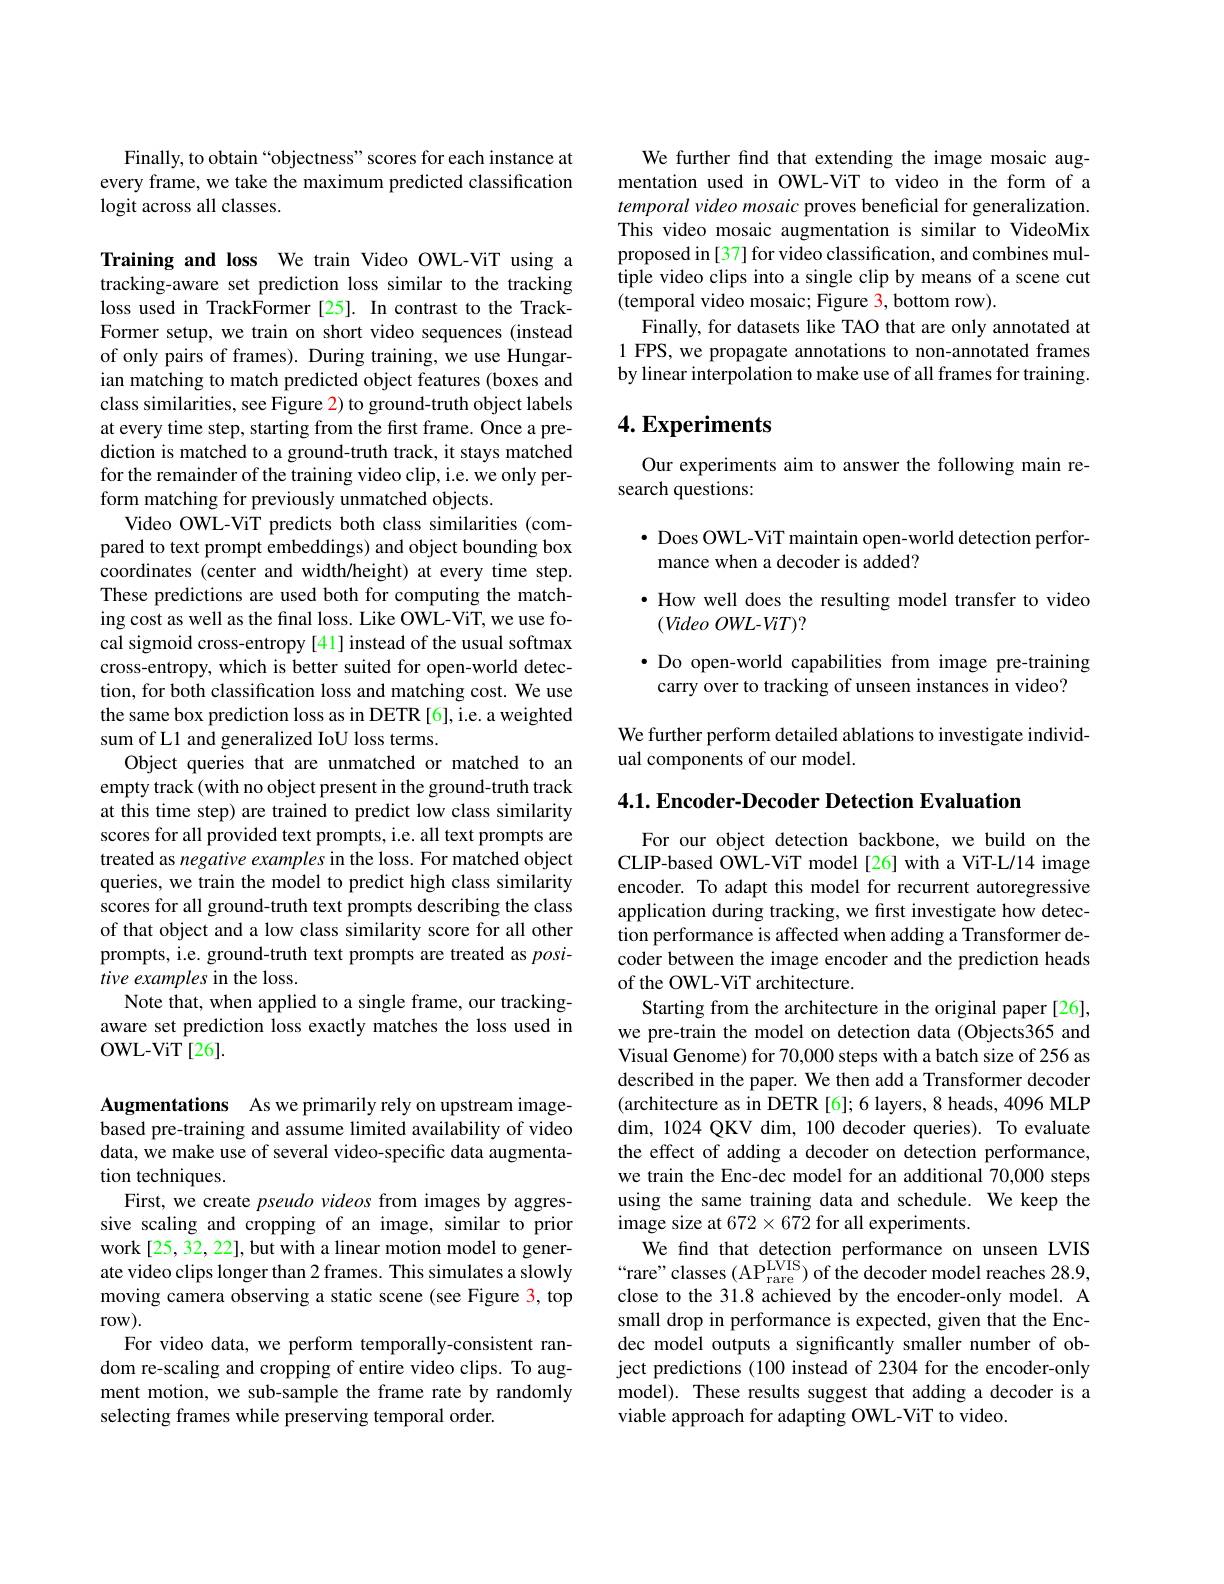
Finally, to obtain “objectness" scores for each instance at every frame, we take the maximum predicted classification logit across all classes.

Training and loss We train Video OWL-ViT using a tracking-aware set prediction loss similar to the tracking loss used in TrackFormer [25]. In contrast to the TrackFormer setup, we train on short video sequences (instead of only pairs of frames). During training, we use Hungarian matching to match predicted object features (boxes and class similarities, see Figure 2) to ground-truth object labels at every time step, starting from the first frame. Once a prediction is matched to a ground-truth track, it stays matched for the remainder of the training video clip, i.e. we only perform matching for previously unmatched objects.
Video OWL-ViT predicts both class similarities (compared to text prompt embeddings) and object bounding box coordinates (center and width/height) at every time step. These predictions are used both for computing the matching cost as well as the final loss. Like OWL-ViT, we use focal sigmoid cross-entropy [41] instead of the usual softmax cross-entropy, which is better suited for open-world detection, for both classification loss and matching cost. We use the same box prediction loss as in DETR [6],i.e. a weighted sum of L1 and generalized IoU loss terms.
Object queries that are unmatched or matched to an empty track (with no object present in the ground-truth track at this time step) are trained to predict low class similarity scores for all provided text prompts, i.e. all text prompts are treated as negative examples in the loss. For matched object queries, we train the model to predict high class similarity scores for all ground-truth text prompts describing the class of that object and a low class similarity score for all other prompts, i.e. ground-truth text prompts are treated as $posi-$ tive examples in the loss.
Note that, when applied to a single frame, our trackingaware set prediction loss exactly matches the loss used in OWL-ViT[26].

Augmentations As we primarily rely on upstream imagebased pre-training and assume limited availability of video data, we make use of several video-specific data augmentation techniques.
First, we create pseudo videos from images by aggressive scaling and cropping of an image, similar to prior work [25, 32, 22], but with a linear motion model to generate video clips longer than 2 frames. This simulates a slowly moving camera observing a static scene (see Figure 3, top row).
For video data, we perform temporally-consistent random re-scaling and cropping of entire video clips. To augment motion, we sub-sample the frame rate by randomly selecting frames while preserving temporal order.

We further find that extending the image mosaic augmentation used in OWL-ViT to video in the form of a temporal video mosaic proves beneficial for generalization. This video mosaic augmentation is similar to VideoMix proposed in [37] for video classification, and combines multiple video clips into a single clip by means of a scene cut (temporal video mosaic; Figure 3, bottom row).
Finally, for datasets like TAO that are only annotated at 1 FPS, we propagate annotations to non-annotated frames by linear interpolation to make use of all frames for training.

# 4. Experiments

Our experiments aim to answer the following main re-
search questions:

$\bullet$ Does OWL-ViT maintain open-world detection perfor-
mance when a decoder is added?
$\bullet$ How well does the resulting model transfer to video
$(VideoOWL-WiT)?$
$\bullet$ Do open-world capabilities from image pre-training
carry over to tracking of unseen instances in video?

We further perform detailed ablations to investigate individ-
ual components of our model.

4.1. Encoder-Decoder Detection Evaluation

For our object detection backbone, we build on the CLIP-based OWL-ViT model[26] with a ViT-L/14 image encoder. To adapt this model for recurrent autoregressive application during tracking, we first investigate how detection performance is affected when adding a Transformer decoder between the image encoder and the prediction heads of the OWL-ViT architecture.
Starting from the architecture in the original paper [26], we pre-train the model on detection data (Objects365 and Visual Genome) for 70,000 steps with a batch size of 256 as described in the paper. We then add a Transformer decoder (architecture as in DETR [6]; 6 layers, 8 heads, 4096 MLP $\dim$, 1024 QKV dim, 100 decoder queries). To evaluate the effect of adding a decoder on detection performance, we train the Enc-dec model for an additional 70,000 steps using the same training data and schedule. We keep the image size at $672\times672$ for all experiments.
We find that detection performance on unseen LVIS $“ rare” classes( AP_{\mathrm{rare}}^{\mathrm{LVIS}})$of the decoder model reaches 28. 9, close to the 31.8 achieved by the encoder-only model. A small drop in performance is expected, given that the Encdec model outputs a significantly smaller number of object predictions (100 instead of 2304 for the encoder-only model). These results suggest that adding a decoder is a viable approach for adapting OWL-ViT to video.